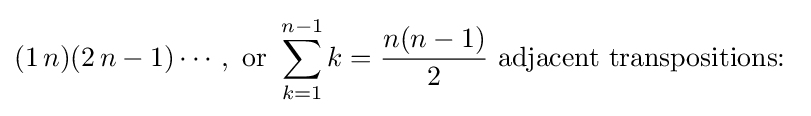
(1\,n)(2\,n-1)\cdots ,{\text{ or }}\sum _{k=1}^{n-1}k={\frac {n(n-1)}{2}}{\text{ adjacent transpositions: }}